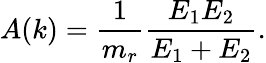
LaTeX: A(k)=\frac{1}{m_{r}}\frac{E_{1}E_{2}}{E_{1}+E_{2}}.